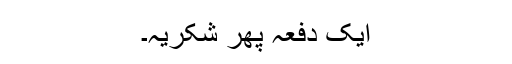
ایک دفعہ پھر شکریہ۔